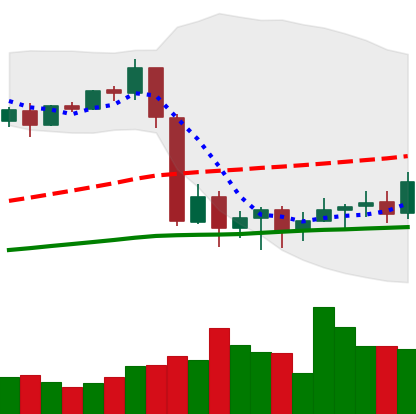
Ticker: BTC-USD
Chart end date: 2020-09-14
Forward return: 3.872%
Label: up_3_5